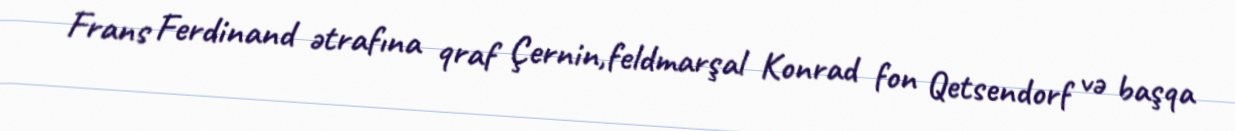
Frans Ferdinand ətrafına qraf Çernin,feldmarşal Konrad fon Qetsendorf və başqa